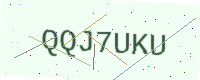
Text: QQJ7UKU